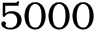
5 0 0 0